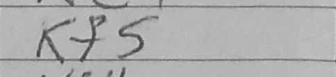
Transcription: Kf5